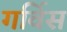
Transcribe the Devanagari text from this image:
गर्विस